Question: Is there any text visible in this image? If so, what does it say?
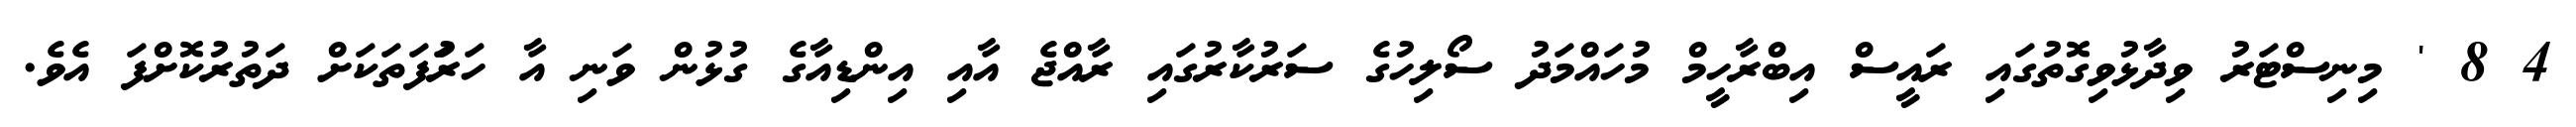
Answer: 4 8 ' މިނިސްޓަރު ވިދާޅުވިގޮތުގައި ރައީސް އިބްރާހީމް މުހައްމަދު ސޯލިހުގެ ސަރުކާރުގައި ރާއްޖެ އާއި އިންޑިއާގެ ގުޅުން ވަނި އާ ހަރުަފަތަކަށް ދަތުރުކޮށްފަ އެވެ.